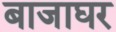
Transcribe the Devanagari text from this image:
बाजाघर